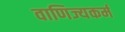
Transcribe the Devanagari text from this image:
वाणिज्यकर्म